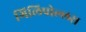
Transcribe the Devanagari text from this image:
गिलिपोल्लस